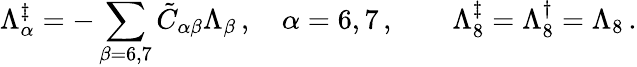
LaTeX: \Lambda_{\alpha}^{\ddagger}=-\sum_{\beta=6,7}\tilde{C}_{\alpha\beta}\Lambda_{\beta}\, ,\quad\alpha=6,7\, ,\quad\quad\Lambda_{8}^{\ddagger}=\Lambda_{8}^{\dagger}=\Lambda_{8}\, .